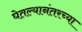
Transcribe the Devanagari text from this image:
घेतल्यानंतरच्या